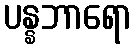
ပန္နဘာရော